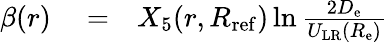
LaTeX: \begin{array}{rlr}{\beta(r)}&{{}=}&{X_{5}(r,R_{\mathrm{ref}})\ln\frac{2D_{\mathrm{e}}}{U_{\mathrm{LR}}(R_{\mathrm{e}})}}\end{array}